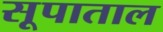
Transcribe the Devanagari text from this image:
सूपाताल